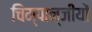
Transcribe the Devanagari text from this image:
चिम्पान्जीयों